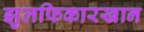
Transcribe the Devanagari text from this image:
झुलफिकारखान